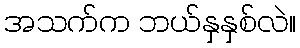
အသက်က ဘယ်နှနှစ်လဲ။